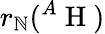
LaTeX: r_{\mathbb{N}}({}^{A}\mathrm{{~H~}})